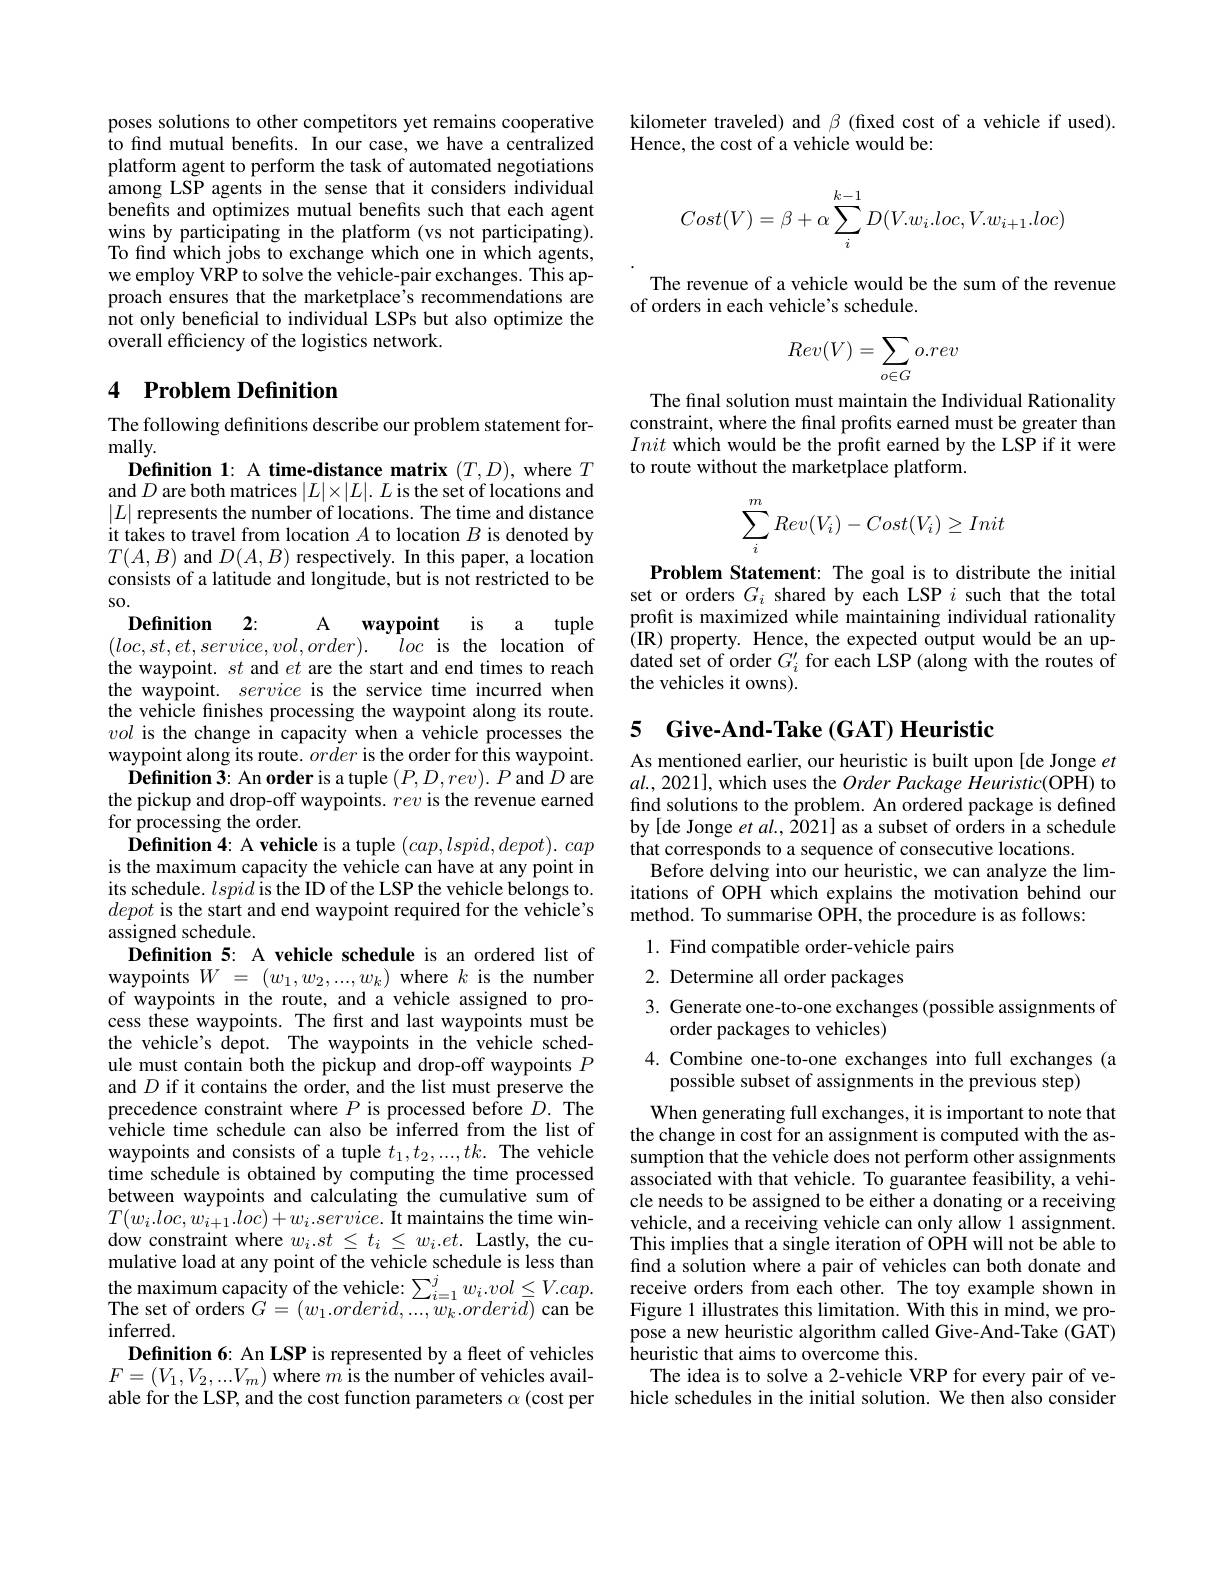
poses solutions to other competitors yet remains cooperative to find mutual benefits. In our case, we have a centralized platform agent to perform the task of automated negotiations among LSP agents in the sense that it considers individual benefits and optimizes mutual benefits such that each agent wins by participating in the platform (vs not participating). To find which jobs to exchange which one in which agents, we employ VRP to solve the vehicle-pair exchanges. This approach ensures that the marketplace's recommendations are not only beneficial to individual LSPs but also optimize the overall efficiency of the logistics network.

## 4 Problem Definition

The following definitions describe our problem statement for-

mally.

$\textbf{Definition 1: A time- distance matrix}( T, D) $,where $T$

and $D$ are both matrices $|L|\times|L|.L$ is the set of locations and

$|L|$ represents the number of locations. The time and distance

it takes to travel from location $A$ to location $B$ is denoted by

$T(A,B)$ and $D(A,B)$ respectively. In this paper, a location

is a tuple
loc is the location of

consists of a latitude and longitude, but is not restricted to be
s0.
$\textbf{Definition}$ 2:
A
$\mathbf{waypoint}$
$(loc,st,et,service,vol,order).$
the waypoint. $st$ and $et$ are the start and end times to reach the waypoint. service is the service time incurred when the vehicle fnishes processing the waypoint along its route. vol is the change in capacity when a vehicle processes the waypoint along its route. order is the order for this waypoint. Definition 3: An order is a tuple $(P,D,rev).P$ and $D$ are
the pickup and drop-off waypoints. rev is the revenue earned
for processing the order.
$\textbf{Definition 4: A vehicle is a tuple }( cap, lspid, depot) . cap$ is the maximum capacity the vehicle can have at any point in its schedule. lspid is the ID of the LSP the vehicle belongs to. depot is the start and end waypoint required for the vehicle's assigned schedule.
Definition 5: A vehicle schedule is an ordered list of waypoints $W$ = $( w_{1}, w_{2}, . . . , w_{k})$ where $k$ is the number of waypoints in the route, and a vehicle assigned to process these waypoints. The first and last waypoints must be the vehicle's depot. The waypoints in the vehicle schedule must contain both the pickup and drop-off waypoints $P$ and $D$ if it contains the order, and the list must preserve the precedence constraint where $P$ is processed before $D.$ The vehicle time schedule can also be inferred from the list of waypoints and consists of a tuple $t_1,t_2,...,tk.$ The vehicle time schedule is obtained by computing the time processed between waypoints and calculating the cumulative sum of $T( w_{i}. loc, w_{i+ 1}. loc) + w_{i}. service. \textbf{ It maintains the time win- }$ dow constraint where $w_i.st\leq t_i\leq w_i.et.$ Lastly, the cumulative load at any point of the vehicle schedule is less than the maximum capacity of the vehicle: $\sum_{i=1}^{j}w_{i}.vol\leq V.cap.$Tbe set of orders $G- ( w, orderid$ $w_{i}$ $orderid)$ can be The set of orders $G=(w_{1}.orderid,...,w_{k}.orderid)$ can be inferred.
Definition 6: An LSP is represented by a fleet of vehicles $F=(V_{1},V_{2},...V_{m})$ where $m$ is the number of vehicles available for the LSP, and the cost function parameters $\alpha$ (cost per

kilometer traveled) and $\beta$ (fixed cost of a vehicle if used).
Hence, the cost of a vehicle would be:
$$Cost(V)=\beta+\alpha\sum_i^{k-1}D(V.w_i.loc,V.w_{i+1}.loc)$$
The revenue of a vehicle would be the sum of the revenue
of orders in each vehicle's schedule.
$$Rev(V)=\sum_{o\in G}o.rev$$
The final solution must maintain the Individual Rationality constraint, where the final profits earned must be greater than Init which would be the profit earned by the LSP if it were to route without the marketplace platform.
$$\sum_i^mRev(V_i)-Cost(V_i)\geq Init$$
Problem Statement: The goal is to distribute the initial set or orders $G_i$ shared by each LSP $i$ such that the total profit is maximized while maintaining individual rationality (IR)property. Hence, the expected output would be an updated set of order $G_i^\prime$ for each LSP (along with the routes of the vehicles it owns).

## 5 Give-And-Take(GAT) Heuristic

As mentioned earlier, our heuristic is built upon [de Jonge $et$ $al.,2021]$, which uses the $Order\textit{Package Heuristic( OPH) to}$ find solutions to the problem. An ordered package is defined by[de Jonge et al., 2021] as a subset of orders in a schedule that corresponds to a sequence of consecutive locations.
Before delving into our heuristic, we can analyze the limitations of OPH which explains the motivation behind our method. To summarise OPH, the procedure is as follows:

1. Find compatible order-vehicle pairs
2. Determine all order packages

3. Generate one-to-one exchanges (possible assignments of
## order packages to vehicles)

4.Combine one-to-one exchanges into full exchanges (a
possible subset of assignments in the previous step)

When generating full exchanges, it is important to note that the change in cost for an assignment is computed with the assumption that the vehicle does not perform other assignments associated with that vehicle. To guarantee feasibility, a vehicle needs to be assigned to be either a donating or a receiving vehicle, and a receiving vehicle can only allow 1 assignment. This implies that a single iteration of OPH will not be able to find a solution where a pair of vehicles can both donate and receive orders from each other. The toy example shown in Figure 1 illustrates this limitation. With this in mind, we propose a new heuristic algorithm called Give-And-Take (GAT) $\bar{\text{heuristic that aims to overcome this.}}$
The idea is to solve a 2-vehicle VRP for every pair of vehicle schedules in the initial solution. We then also consider